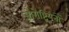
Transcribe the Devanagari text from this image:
जोरोष्ट्रियनों